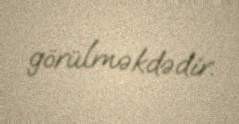
görülməkdədir.